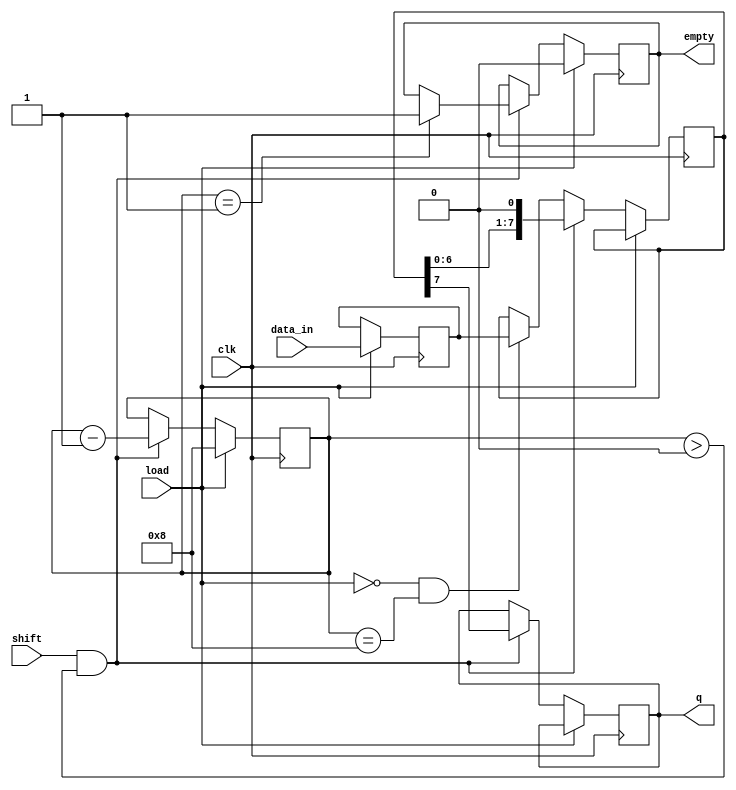
module PISO_Register #(
    parameter WIDTH = 8 // Parameter to define the width of the register
)(
    input wire clk,        // Clock signal
    input wire load,       // Load control signal
    input wire shift,      // Shift control signal
    input wire [WIDTH-1:0] data_in, // Parallel input data
    output reg q,          // Serial output
    output reg empty       // Indicates when the register is empty
);

    reg [WIDTH-1:0] stage1; // First stage register
    reg [WIDTH-1:0] stage2; // Second stage register
    reg [3:0] bit_count;     // Counter for bits shifted out

    // State machine for loading and shifting
    always @(posedge clk) begin
        if (load) begin
            // Load data into Stage 1
            stage1 <= data_in;
            bit_count <= WIDTH; // Set bit count to the width of the data
            empty <= 1'b0;      // Register is not empty after loading
        end else if (shift && bit_count > 0) begin
            // Shift data from Stage 2 to output
            q <= stage2[WIDTH-1]; // Output the MSB of Stage 2
            stage2 <= {stage2[WIDTH-2:0], 1'b0}; // Shift left
            bit_count <= bit_count - 1; // Decrement bit count
            if (bit_count == 1) begin
                empty <= 1'b1; // Set empty flag when all bits are shifted out
            end
        end else if (!load && bit_count == WIDTH) begin
            // Transfer data from Stage 1 to Stage 2 on the next clock edge
            stage2 <= stage1;
        end
    end

endmodule